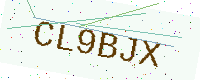
Text: CL9BJX